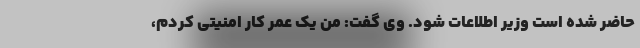
حاضر شده است وزیر اطلاعات شود. وی گفت: من یک عمر کار امنیتی کردم،